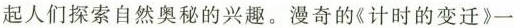
起人们探索自然奥秘的兴趣。漫奇的《计时的变迁》一